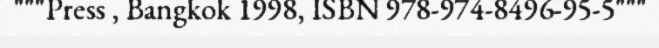
"""Press , Bangkok 1998, ISBN 978-974-8496-95-5"""